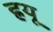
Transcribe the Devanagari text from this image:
ह्रयू